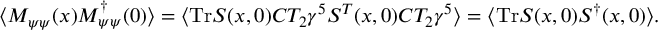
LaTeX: \langle M _ { \psi \psi } ( x ) M _ { \psi \psi } ^ { \dagger } ( 0 ) \rangle = \langle \mathrm { T r } { \cal S } ( x , 0 ) C T _ { 2 } \gamma ^ { 5 } { \cal S } ^ { T } ( x , 0 ) C T _ { 2 } \gamma ^ { 5 } \rangle = \langle \mathrm { T r } { \cal S } ( x , 0 ) { \cal S } ^ { \dagger } ( x , 0 ) \rangle .